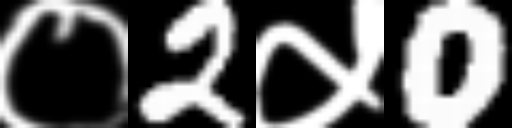
Text: ०2५0